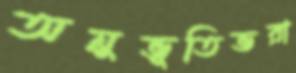
অনুভূতিভরা